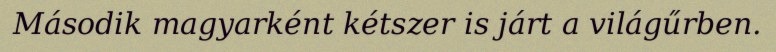
Második magyarként kétszer is járt a világűrben.